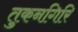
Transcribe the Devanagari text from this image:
तुकनगिरि